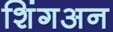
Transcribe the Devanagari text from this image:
शिंगअन